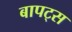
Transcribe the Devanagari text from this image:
बापट्स